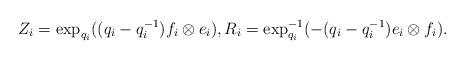
LaTeX: \begin{align*}Z_i=\exp_{q_i}((q_i-q_i^{-1})f_i\otimes e_i),R_i=\exp_{q_i}^{-1}(-(q_i-q_i^{-1})e_i\otimes f_i).\end{align*}